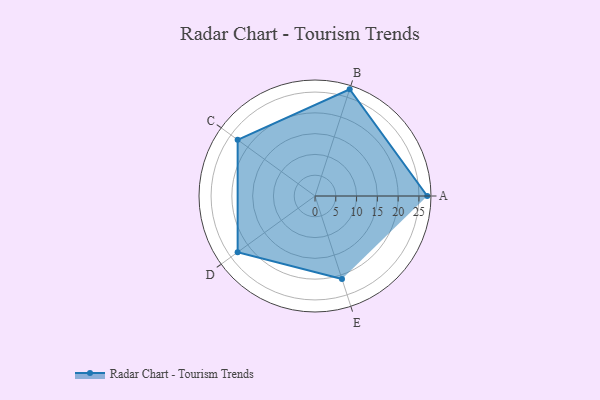
{"axis": {"x": "Skill", "y": "Score"}, "legend": ["Profile"], "data": [{"x": "A", "y": 27.0, "type": "Profile"}, {"x": "B", "y": 27.0, "type": "Profile"}, {"x": "C", "y": 23.0, "type": "Profile"}, {"x": "D", "y": 23.0, "type": "Profile"}, {"x": "E", "y": 21.0, "type": "Profile"}]}